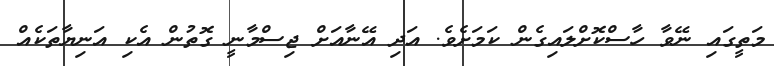
މަތީގައި ނޭވާ ހާސްކޮށްލައިގެން ކަމަށެވެ. އަދި އޭނާއަށް ޖިސްމާނީ ގޮތުން އެކި އަނިޔާތަކެއް